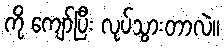
ကို ကျော်ပြီး လုပ်သွားတာလဲ။